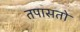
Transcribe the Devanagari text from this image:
तपासतो